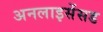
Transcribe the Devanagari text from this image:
अनलाइसेंसड